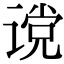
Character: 谠